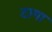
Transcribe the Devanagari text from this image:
टागा